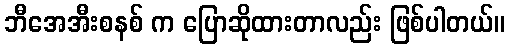
ဘီအေအီးစနစ် က ပြောဆိုထားတာလည်း ဖြစ်ပါတယ်။